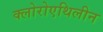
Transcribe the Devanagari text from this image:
क्लोरोएथिलीन